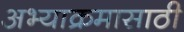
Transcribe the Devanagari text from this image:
अभ्याक्रमासाठी